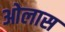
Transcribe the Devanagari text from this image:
ओलास